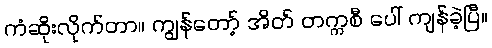
ကံဆိုးလိုက်တာ။ ကျွန်တော့် အိတ် တက္ကစီ ပေါ် ကျန်ခဲ့ပြီ။